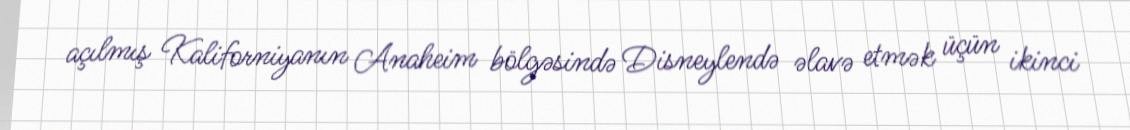
açılmış Kaliforniyanın Anaheim bölgəsində Disneylendə əlavə etmək üçün ikinci